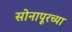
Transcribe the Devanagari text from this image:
सोनापूरच्या